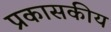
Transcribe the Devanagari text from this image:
प्रकासकीय